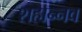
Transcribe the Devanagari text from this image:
शहान्‍नव